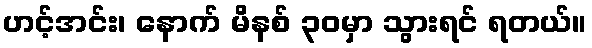
ဟင့်အင်း၊ နောက် မိနစ် ၃၀မှာ သွားရင် ရတယ်။